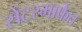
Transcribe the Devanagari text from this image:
सेंटरमार्फत